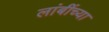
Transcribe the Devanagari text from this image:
लांबींच्या